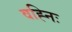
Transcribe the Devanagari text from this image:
वह्निः